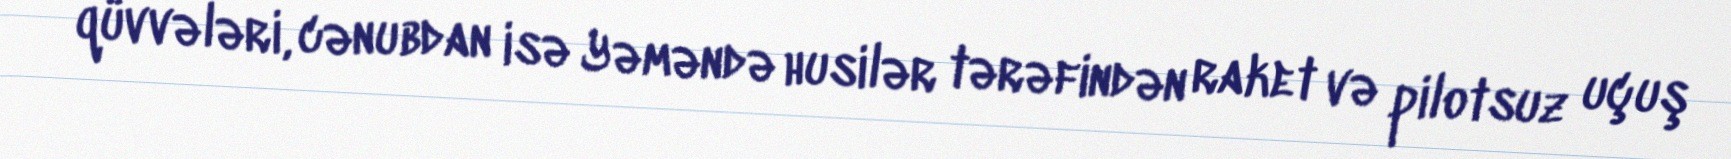
qüvvələri, cənubdan isə Yəməndə husilər tərəfindən raket və pilotsuz uçuş